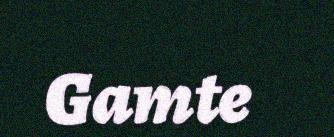
Gamte